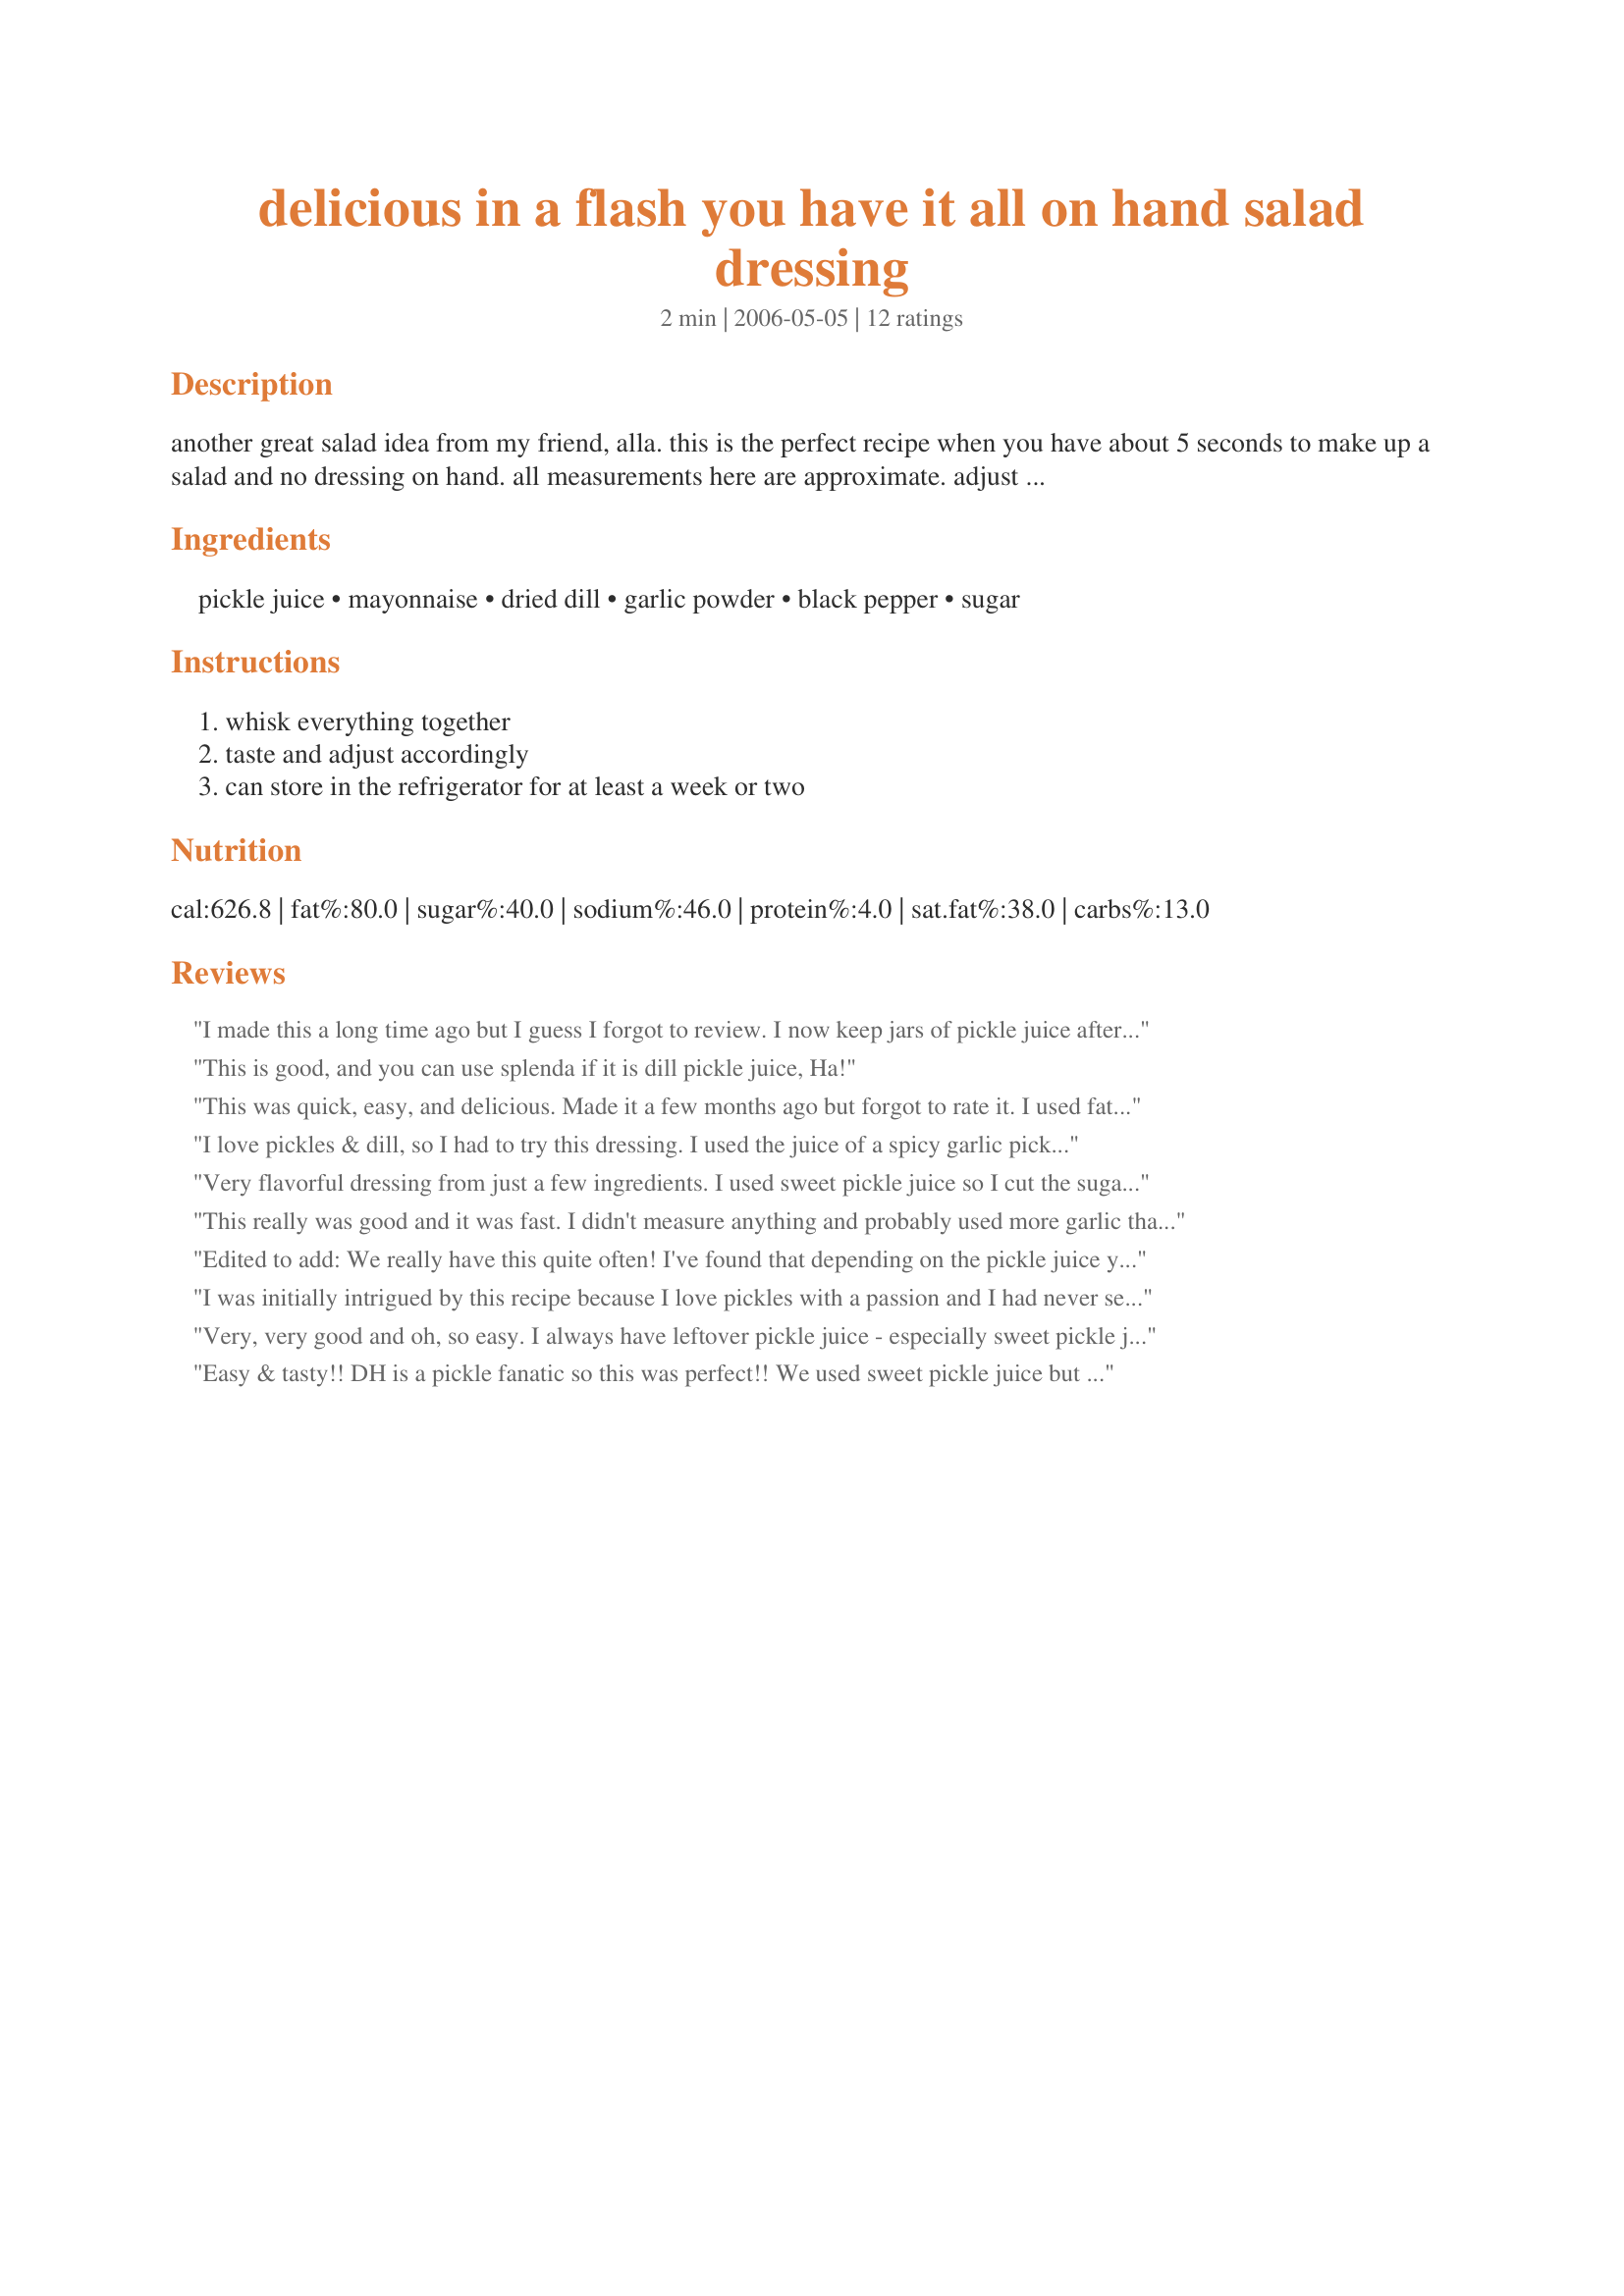
delicious in a flash you have it all on hand salad dressing
Preparation time: 2 minutes

another great salad idea from my friend, alla. this is the perfect recipe when you have about 5 seconds to make up a salad and no dressing on hand. all measurements here are approximate. adjust to your taste. this dressing goes on a huge array of green salads; experiment freely with this. it is also a good way to use up that leftover pickle juice which some of us feel guilty just tossing down the sink. (my husband will drink the stuff straight, but the mere thought of that, well...)

Ingredients:
pickle juice, mayonnaise, dried dill, garlic powder, black pepper, sugar

Steps:
whisk everything together, taste and adjust accordingly, can store in the refrigerator for at least a week or two

Reviews:
I made this a long time ago but I guess I forgot to review. I now keep jars of pickle juice after the pickles are gone, just for this dressing. I like it best with honey but only use 1 heaping Tbsp...I like it with more but its too sweet for DH. This is great on a salad but even better as a dip for chips, fries or veggies.
This is good, and you can use splenda if it is dill pickle juice, Ha!
This was quick, easy, and delicious. Made it a few months ago but forgot to rate it. I used fat free miracle whip in place of the mayo and omitted the sugar. Will make again.
I love pickles & dill, so I had to try this dressing. I used the juice of a spicy garlic pickle and used agave syrup to taste instead of sugar and fresh garlic instead of powder. Yumm!! BTW, I never throw out the pickle juice...just cut up another cucumber into spears & add to the juice, let sit a few days (the longer the better)...more pickles!
Very flavorful dressing from just a few ingredients. I used sweet pickle juice so I cut the sugar back to one tablespoon.
This really was good and it was fast. I didn't measure anything and probably used more garlic than suggested. Used about a tsp of Shugr. Thanks, Sarah.
Edited to add: We really have this quite often! I've found that depending on the pickle juice you use, the dressing varies quite a bit... my personal favorite is the "hamburger dill" pickle juice, though the hubby prefers "Claussen". Regardless of the pickle juice chosen, this makes a great salad dressing :)
----------
I agree with the others, this was really good! It was quick and easy to make, yet very tasty. The best part is that you get to say "yeah, the dressing is home made"! Thanks for posting your recipe, it is really very good :)
I was initially intrigued by this recipe because I love pickles with a passion and I had never seen a dressing like this before. So I made it using pickle juice from my homemade jars. I have to say, I've been trying new salad dressing recipes a lot lately and so many of them are similar but this one was a refreshing change. I absolutely love it and it has found a place on my dinner table forever. It's sweet, tangy, dilly and garlicky. All tastes I adore. Thank you Sarah!
Very, very good and oh, so easy. I always have leftover pickle juice - especially sweet pickle juice - in my refrigerator. Never even thought about using it to make salad dressing. Will definitely make this again. Thanks for posting this Sarah. Made for Healthy Choices ABC Tag.
Easy & tasty!! DH is a pickle fanatic so this was perfect!! We used sweet pickle juice but will try regular next time and probably stick with that. I also used vegenaise and it was still great. I served this over a salad of baby greens, shredded red cabbage, cucumbers, celery, carrots, and onions - like a slaw over greens. Very nice!!
Loved this!!!! I used it immediately and think it will even be better when the flavors blend. I left out the sugar for my personal taste. I think I could also drink it! :) Thanks for a great recipe Sarah.
Delicious! I wanted to whip up a pasta salad for lunch, and this went perfectly with the ingredients I had on-hand. This would make an excellent dressing for coleslaw, as well. Thanks for posting, Sarah Chana!
